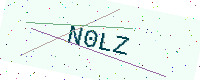
Text: N0LZ